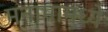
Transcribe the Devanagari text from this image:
मनामामध्ये